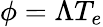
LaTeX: \phi=\Lambda T_{e}